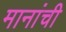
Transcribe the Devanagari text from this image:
मानांची